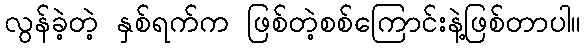
လွန်ခဲ့တဲ့ နှစ်ရက်က ဖြစ်တဲ့စစ်ကြောင်းနဲ့ဖြစ်တာပါ။